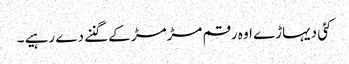
کئی دیہاڑے اوہ رقم مڑمڑ کے گننے دے رہیے ۔